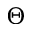
\boldsymbol { \Theta }